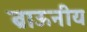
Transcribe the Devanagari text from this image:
ब्राऊनीय